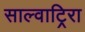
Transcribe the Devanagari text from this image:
साल्वाटिर्‍रा